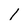
Character: 1